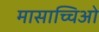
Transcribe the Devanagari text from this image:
मासाच्चिओ